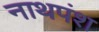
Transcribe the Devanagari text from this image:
नाथपंश